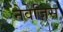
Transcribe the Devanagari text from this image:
नेवेज़िस